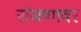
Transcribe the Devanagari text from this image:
रांजणावर